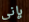
بإني